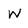
Character: w